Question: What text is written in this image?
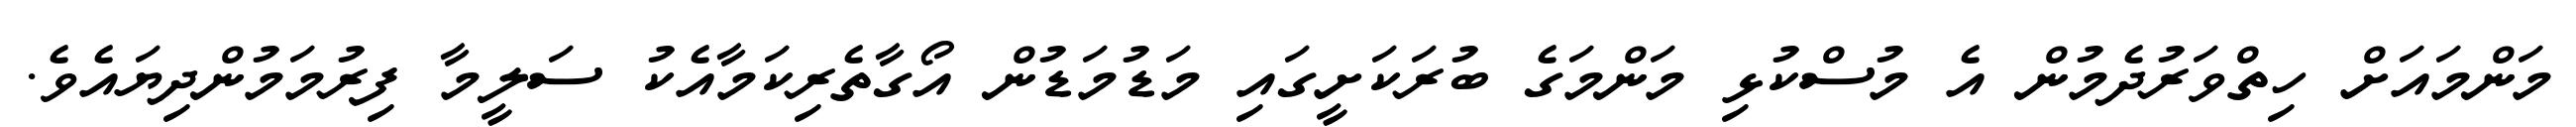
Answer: މަންމައަށް ހިތްވަރުދެމުން އެ މުސްކުޅި މަންމަގެ ބުރަކަށީގައި މަޑުމަޑުން އޯގާތެރިކަމާއެކު ސަލީމާ ފިރުމަމުންދިޔައެވެ.